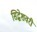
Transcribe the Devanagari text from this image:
सिद्धेशवरी